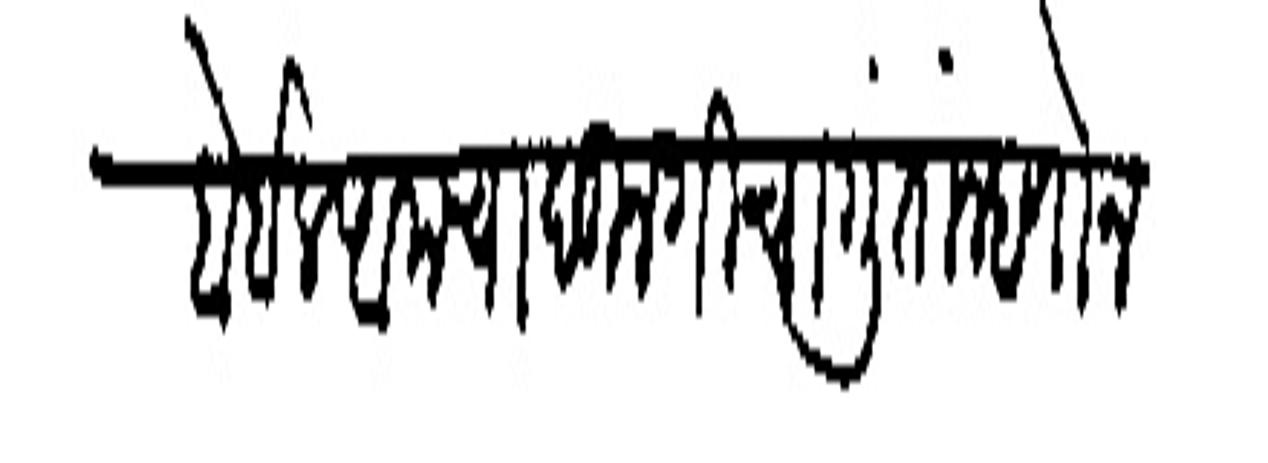
Transliteration (Devanagari): होईल आमचा बुनगीचा गुंता म्हणोन